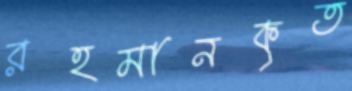
রহমানকৃত